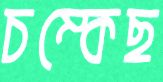
চম্‌কেছ